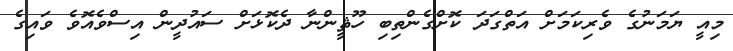
މިއީ ޔަމަނުގެ ވެރިކަމަށް އަތްގަދަ ކޮށްގެންތިބި ހޫޘީންނާ ދެކޮޅަށް ސައުދީން އިސްވެއޮވެ ވައިގެ